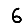
Digit: 6